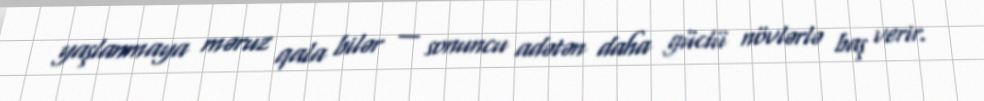
yaşlanmaya məruz qala bilər — sonuncu adətən daha güclü növlərlə baş verir.